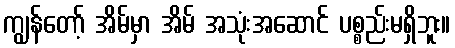
ကျွန်တော့် အိမ်မှာ အိမ် အသုံးအဆောင် ပစ္စည်းမရှိဘူး။